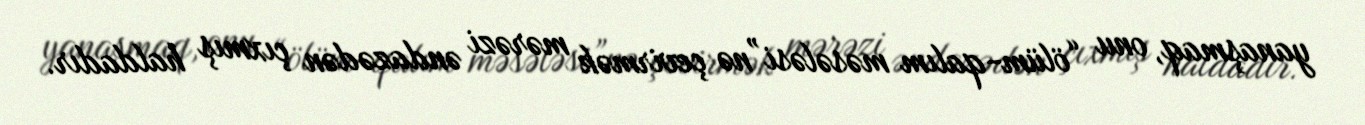
yanaşmaq, onu “ölüm-qalım məsələsi”nə çevirmək mərəzi əndazədən çıxmış haldadır.